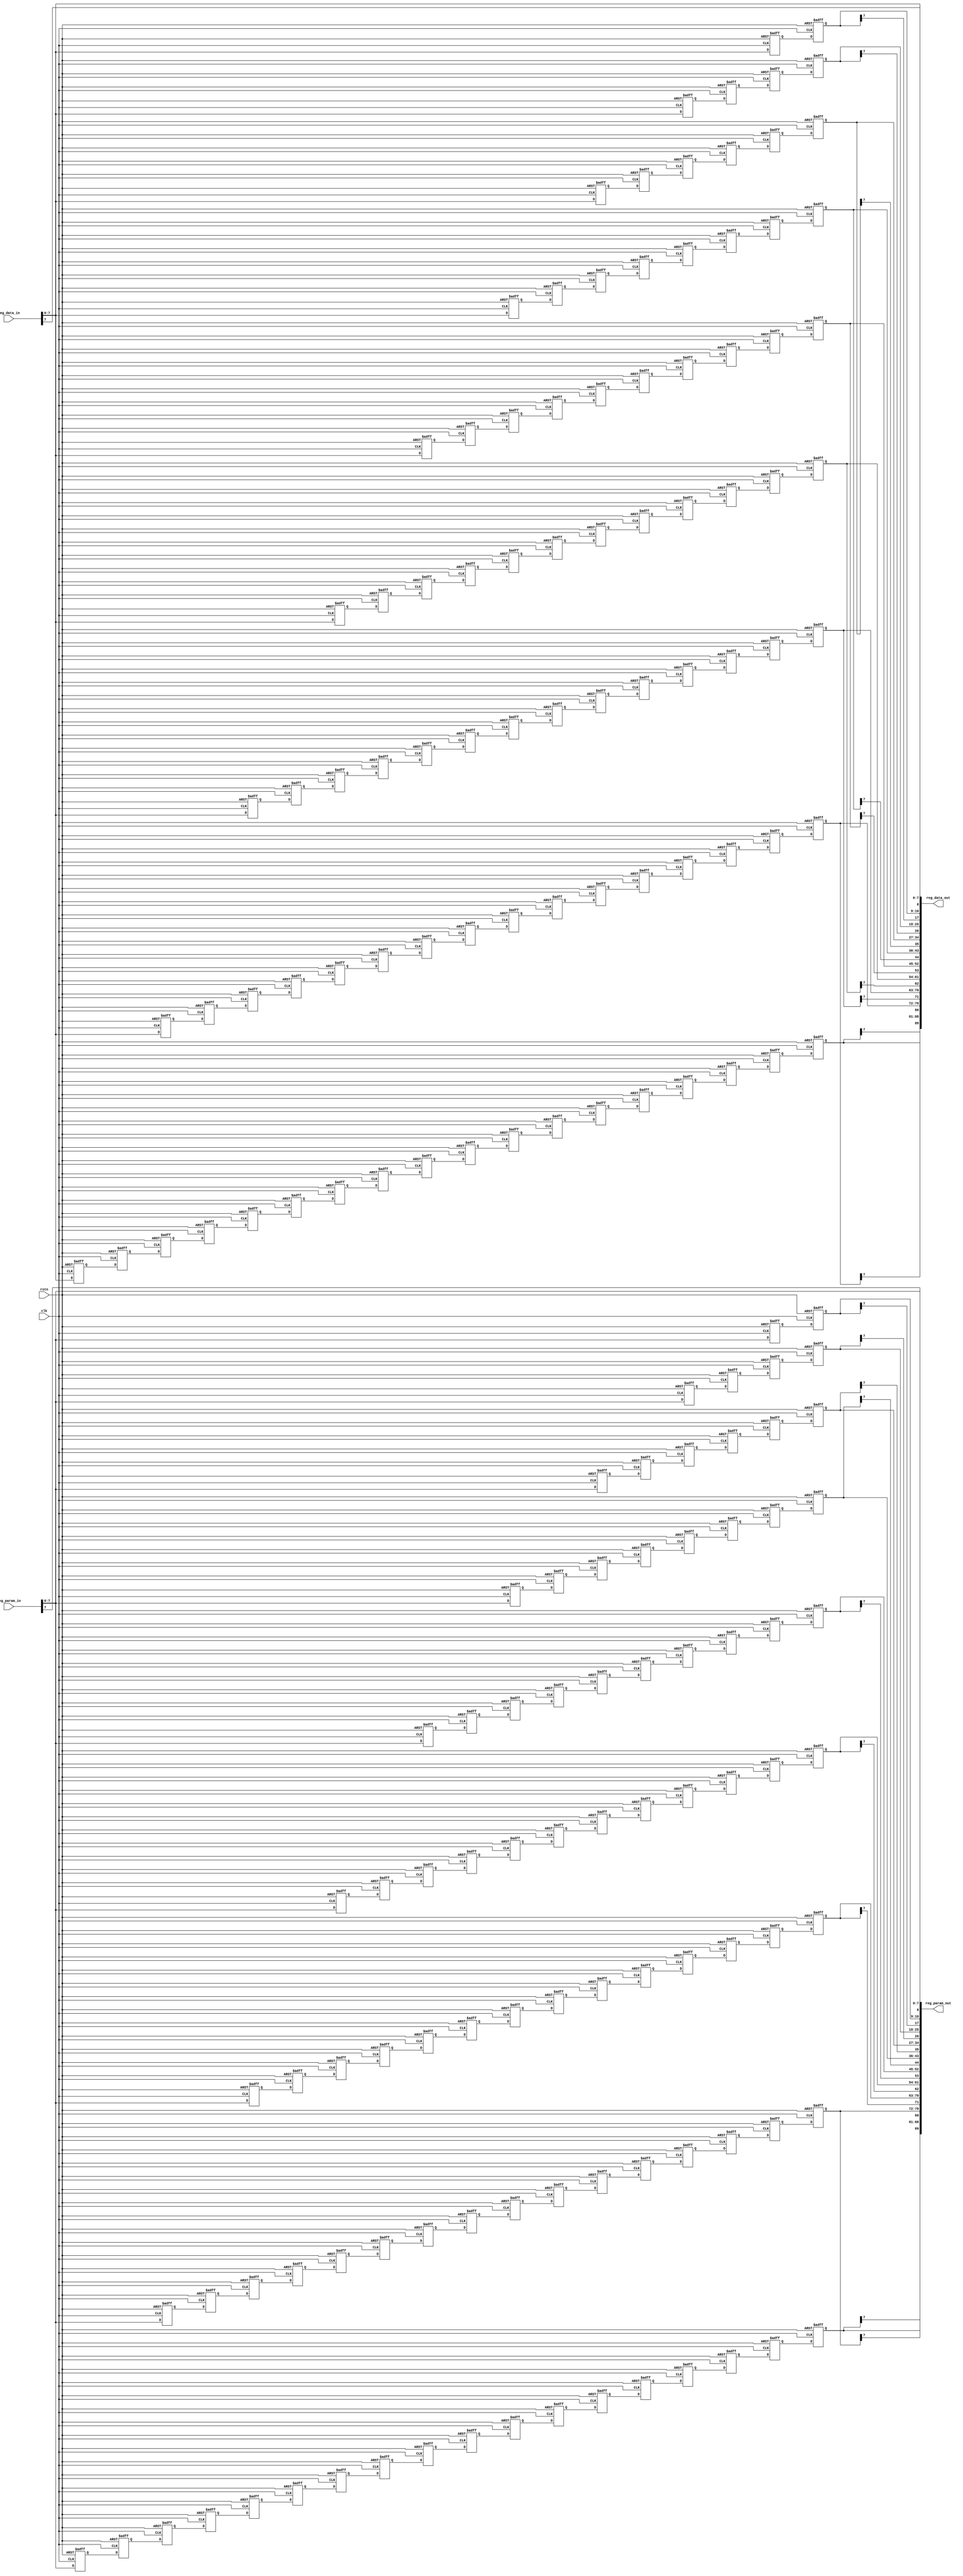
module align_reg_old # (
    parameter           REG_CHANNEL_NUM             =   8'd10                                   ,
    parameter           DATA_WIDTH_IN               =   4'd8                                    ,
    parameter           DATA_WIDTH_OUT              =   4'd9                                    ,
    parameter           TOTAL_WIDTH_IN              =   REG_CHANNEL_NUM * DATA_WIDTH_IN         ,//80
    parameter           TOTAL_WIDTH_OUT             =   REG_CHANNEL_NUM * DATA_WIDTH_OUT         //90
)
(
    input   wire                clk                                                         ,
    input   wire                rstn                                                        ,
//data path
    input   wire    [TOTAL_WIDTH_IN-1:0]            reg_data_in                                 ,
    input   wire    [TOTAL_WIDTH_IN-1:0]            reg_param_in                                ,

    output  wire    [TOTAL_WIDTH_OUT-1:0]           reg_data_out                                ,
    output  wire    [TOTAL_WIDTH_OUT-1:0]           reg_param_out                              
);

wire    [DATA_WIDTH_IN-1:0]       x_in        [0:REG_CHANNEL_NUM-1]              ;
reg     [DATA_WIDTH_IN-1:0]       x_in_d1     [0:REG_CHANNEL_NUM-10][0:1]               ;
reg     [DATA_WIDTH_IN-1:0]       x_in_d2     [0:REG_CHANNEL_NUM-9][0:1]               ;
reg     [DATA_WIDTH_IN-1:0]       x_in_d3     [0:REG_CHANNEL_NUM-8][0:1]               ;
reg     [DATA_WIDTH_IN-1:0]       x_in_d4     [0:REG_CHANNEL_NUM-7][0:1]               ;
reg     [DATA_WIDTH_IN-1:0]       x_in_d5     [0:REG_CHANNEL_NUM-6][0:1]               ;
reg     [DATA_WIDTH_IN-1:0]       x_in_d6     [0:REG_CHANNEL_NUM-5][0:1]               ;
reg     [DATA_WIDTH_IN-1:0]       x_in_d7     [0:REG_CHANNEL_NUM-4][0:1]               ;
reg     [DATA_WIDTH_IN-1:0]       x_in_d8     [0:REG_CHANNEL_NUM-3][0:1]               ;
reg     [DATA_WIDTH_IN-1:0]       x_in_d9     [0:REG_CHANNEL_NUM-2][0:1]              ;

wire    [DATA_WIDTH_IN-1:0]       y_in        [0:REG_CHANNEL_NUM-1]                     ;
reg     [DATA_WIDTH_IN-1:0]       y_in_d1     [0:REG_CHANNEL_NUM-10][0:1]              ;
reg     [DATA_WIDTH_IN-1:0]       y_in_d2     [0:REG_CHANNEL_NUM-9][0:1]              ;
reg     [DATA_WIDTH_IN-1:0]       y_in_d3     [0:REG_CHANNEL_NUM-8][0:1]              ;
reg     [DATA_WIDTH_IN-1:0]       y_in_d4     [0:REG_CHANNEL_NUM-7][0:1]              ;
reg     [DATA_WIDTH_IN-1:0]       y_in_d5     [0:REG_CHANNEL_NUM-6][0:1]              ;
reg     [DATA_WIDTH_IN-1:0]       y_in_d6     [0:REG_CHANNEL_NUM-5][0:1]              ;
reg     [DATA_WIDTH_IN-1:0]       y_in_d7     [0:REG_CHANNEL_NUM-4][0:1]              ;
reg     [DATA_WIDTH_IN-1:0]       y_in_d8     [0:REG_CHANNEL_NUM-3][0:1]              ;
reg     [DATA_WIDTH_IN-1:0]       y_in_d9     [0:REG_CHANNEL_NUM-2][0:1]             ;


    //output concat
    assign reg_data_out = {x_in_d9[0][1][7],x_in_d9[0][1],x_in_d8[0][1][7],x_in_d8[0][1],x_in_d7[0][1][7],
                           x_in_d7[0][1],x_in_d6[0][1][7],x_in_d6[0][1],x_in_d5[0][1][7],x_in_d5[0][1],
                           x_in_d4[0][1][7],x_in_d4[0][1],x_in_d3[0][1][7],x_in_d3[0][1],x_in_d2[0][1][7],
                           x_in_d2[0][1],x_in_d1[0][1][7],x_in_d1[0][1],x_in[0][7],x_in[0]};
    assign reg_param_out = {y_in_d9[0][1][7],y_in_d9[0][1],y_in_d8[0][1][7],y_in_d8[0][1],y_in_d7[0][1][7],
                            y_in_d7[0][1],y_in_d6[0][1][7],y_in_d6[0][1],y_in_d5[0][1][7],y_in_d5[0][1],
                            y_in_d4[0][1][7],y_in_d4[0][1],y_in_d3[0][1][7],y_in_d3[0][1],y_in_d2[0][1][7],
                            y_in_d2[0][1],y_in_d1[0][1][7],y_in_d1[0][1],y_in[0][7],y_in[0]};

    //input split
    generate
        genvar i;
        for(i = 0 ; i < REG_CHANNEL_NUM ; i = i + 1) begin:input_split
            assign x_in[i] = reg_data_in[DATA_WIDTH_IN*(i + 1)-1:0]     ;
            assign y_in[i] = reg_param_in[DATA_WIDTH_IN*(i + 1)-1:0]    ;
        end
    endgenerate

    //aligns inputs with registers
    generate
        genvar j;
        for(j = 0 ; j < REG_CHANNEL_NUM ; j = j + 1) begin:input_reg_data
            case (j)
                0:begin
                    always @(posedge clk or negedge rstn) begin:col1_x
                        if(!rstn)begin
                            x_in_d1[0][0] <= 8'b0;
                            x_in_d1[0][1] <= 8'b0;
                            x_in_d2[j][0] <= 8'b0;
                            x_in_d2[j][1] <= 8'b0;
                            x_in_d3[j][0] <= 8'b0;
                            x_in_d3[j][1] <= 8'b0;
                            x_in_d4[j][0] <= 8'b0;
                            x_in_d4[j][1] <= 8'b0;
                            x_in_d5[j][0] <= 8'b0;
                            x_in_d5[j][1] <= 8'b0;
                            x_in_d6[j][0] <= 8'b0;
                            x_in_d6[j][1] <= 8'b0;
                            x_in_d7[j][0] <= 8'b0;
                            x_in_d7[j][1] <= 8'b0;
                            x_in_d8[j][0] <= 8'b0;
                            x_in_d8[j][1] <= 8'b0;
                            x_in_d9[j][0] <= 8'b0;
                            x_in_d9[j][1] <= 8'b0;
                        end else begin
                            x_in_d1[0][0] <= x_in[j + 1];
                            x_in_d1[0][1] <= x_in_d1[0][0];
                            x_in_d2[j][0] <= x_in_d2[j + 1][1];
                            x_in_d2[j][1] <= x_in_d2[j][0];
                            x_in_d3[j][0] <= x_in_d3[j + 1][1];
                            x_in_d3[j][1] <= x_in_d3[j][0];
                            x_in_d4[j][0] <= x_in_d4[j + 1][1];
                            x_in_d4[j][1] <= x_in_d4[j][0];
                            x_in_d5[j][0] <= x_in_d5[j + 1][1];
                            x_in_d5[j][1] <= x_in_d5[j][0];
                            x_in_d6[j][0] <= x_in_d6[j + 1][1];
                            x_in_d6[j][1] <= x_in_d6[j][0];
                            x_in_d7[j][0] <= x_in_d7[j + 1][1];
                            x_in_d7[j][1] <= x_in_d7[j][0];
                            x_in_d8[j][0] <= x_in_d8[j + 1][1];
                            x_in_d8[j][1] <= x_in_d8[j][0];
                            x_in_d9[j][0] <= x_in_d9[j + 1][1];
                            x_in_d9[j][1] <= x_in_d9[j][0];
                        end
                    end
                end
                1:begin 
                    always @(posedge clk or negedge rstn) begin:col2_x
                        if(!rstn)begin
                            x_in_d2[j][0] <= 8'b0;
                            x_in_d2[j][1] <= 8'b0;
                            x_in_d3[j][0] <= 8'b0;
                            x_in_d3[j][1] <= 8'b0;
                            x_in_d4[j][0] <= 8'b0;
                            x_in_d4[j][1] <= 8'b0;
                            x_in_d5[j][0] <= 8'b0;
                            x_in_d5[j][1] <= 8'b0;
                            x_in_d6[j][0] <= 8'b0;
                            x_in_d6[j][1] <= 8'b0;
                            x_in_d7[j][0] <= 8'b0;
                            x_in_d7[j][1] <= 8'b0;
                            x_in_d8[j][0] <= 8'b0;
                            x_in_d8[j][1] <= 8'b0;
                            x_in_d9[j][0] <= 8'b0;
                            x_in_d9[j][1] <= 8'b0;
                        end else begin
                            x_in_d2[j][0] <= x_in[j + 1];
                            x_in_d2[j][1] <= x_in_d2[j][0];
                            x_in_d3[j][0] <= x_in_d3[j + 1][1];
                            x_in_d3[j][1] <= x_in_d3[j][0];
                            x_in_d4[j][0] <= x_in_d4[j + 1][1];
                            x_in_d4[j][1] <= x_in_d4[j][0];
                            x_in_d5[j][0] <= x_in_d5[j + 1][1];
                            x_in_d5[j][1] <= x_in_d5[j][0];
                            x_in_d6[j][0] <= x_in_d6[j + 1][1];
                            x_in_d6[j][1] <= x_in_d6[j][0];
                            x_in_d7[j][0] <= x_in_d7[j + 1][1];
                            x_in_d7[j][1] <= x_in_d7[j][0];
                            x_in_d8[j][0] <= x_in_d8[j + 1][1];
                            x_in_d8[j][1] <= x_in_d8[j][0];
                            x_in_d9[j][0] <= x_in_d9[j + 1][1];
                            x_in_d9[j][1] <= x_in_d9[j][0];
                        end
                    end
                end
                2:begin
                    always @(posedge clk or negedge rstn) begin:col3_x
                        if(!rstn)begin
                            x_in_d3[j][0] <= 8'b0;
                            x_in_d3[j][1] <= 8'b0;
                            x_in_d4[j][0] <= 8'b0;
                            x_in_d4[j][1] <= 8'b0;
                            x_in_d5[j][0] <= 8'b0;
                            x_in_d5[j][1] <= 8'b0;
                            x_in_d6[j][0] <= 8'b0;
                            x_in_d6[j][1] <= 8'b0;
                            x_in_d7[j][0] <= 8'b0;
                            x_in_d7[j][1] <= 8'b0;
                            x_in_d8[j][0] <= 8'b0;
                            x_in_d8[j][1] <= 8'b0;
                            x_in_d9[j][0] <= 8'b0;
                            x_in_d9[j][1] <= 8'b0;
                        end else begin
                            x_in_d3[j][0] <= x_in[j + 1];
                            x_in_d3[j][1] <= x_in_d3[j][0];
                            x_in_d4[j][0] <= x_in_d4[j + 1][1];
                            x_in_d4[j][1] <= x_in_d4[j][0];
                            x_in_d5[j][0] <= x_in_d5[j + 1][1];
                            x_in_d5[j][1] <= x_in_d5[j][0];
                            x_in_d6[j][0] <= x_in_d6[j + 1][1];
                            x_in_d6[j][1] <= x_in_d6[j][0];
                            x_in_d7[j][0] <= x_in_d7[j + 1][1];
                            x_in_d7[j][1] <= x_in_d7[j][0];
                            x_in_d8[j][0] <= x_in_d8[j + 1][1];
                            x_in_d8[j][1] <= x_in_d8[j][0];
                            x_in_d9[j][0] <= x_in_d9[j + 1][1];
                            x_in_d9[j][1] <= x_in_d9[j][0];
                        end
                    end
                end
                3:begin
                    always @(posedge clk or negedge rstn) begin:col4_x
                        if(!rstn)begin
                            x_in_d4[j][0] <= 8'b0;
                            x_in_d4[j][1] <= 8'b0;
                            x_in_d5[j][0] <= 8'b0;
                            x_in_d5[j][1] <= 8'b0;
                            x_in_d6[j][0] <= 8'b0;
                            x_in_d6[j][1] <= 8'b0;
                            x_in_d7[j][0] <= 8'b0;
                            x_in_d7[j][1] <= 8'b0;
                            x_in_d8[j][0] <= 8'b0;
                            x_in_d8[j][1] <= 8'b0;
                            x_in_d9[j][0] <= 8'b0;
                            x_in_d9[j][1] <= 8'b0;
                        end else begin
                            x_in_d4[j][0] <= x_in[j + 1];
                            x_in_d4[j][1] <= x_in_d4[j][0];
                            x_in_d5[j][0] <= x_in_d5[j + 1][1];
                            x_in_d5[j][1] <= x_in_d5[j][0];
                            x_in_d6[j][0] <= x_in_d6[j + 1][1];
                            x_in_d6[j][1] <= x_in_d6[j][0];
                            x_in_d7[j][0] <= x_in_d7[j + 1][1];
                            x_in_d7[j][1] <= x_in_d7[j][0];
                            x_in_d8[j][0] <= x_in_d8[j + 1][1];
                            x_in_d8[j][1] <= x_in_d8[j][0];
                            x_in_d9[j][0] <= x_in_d9[j + 1][1];
                            x_in_d9[j][1] <= x_in_d9[j][0];
                        end
                    end
                end
                4:begin
                    always @(posedge clk or negedge rstn) begin:col5_x
                        if(!rstn)begin
                            x_in_d5[j][0] <= 8'b0;
                            x_in_d5[j][1] <= 8'b0;
                            x_in_d6[j][0] <= 8'b0;
                            x_in_d6[j][1] <= 8'b0;
                            x_in_d7[j][0] <= 8'b0;
                            x_in_d7[j][1] <= 8'b0;
                            x_in_d8[j][0] <= 8'b0;
                            x_in_d8[j][1] <= 8'b0;
                            x_in_d9[j][0] <= 8'b0;
                            x_in_d9[j][1] <= 8'b0;
                        end else begin
                            x_in_d5[j][0] <= x_in[j + 1];
                            x_in_d5[j][1] <= x_in_d5[j][0];
                            x_in_d6[j][0] <= x_in_d6[j + 1][1];
                            x_in_d6[j][1] <= x_in_d6[j][0];
                            x_in_d7[j][0] <= x_in_d7[j + 1][1];
                            x_in_d7[j][1] <= x_in_d7[j][0];
                            x_in_d8[j][0] <= x_in_d8[j + 1][1];
                            x_in_d8[j][1] <= x_in_d8[j][0];
                            x_in_d9[j][0] <= x_in_d9[j + 1][1];
                            x_in_d9[j][1] <= x_in_d9[j][0];
                        end
                    end
                end
                5:begin
                    always @(posedge clk or negedge rstn) begin:col6_x
                        if(!rstn)begin
                            x_in_d6[j][0] <= 8'b0;
                            x_in_d6[j][1] <= 8'b0;
                            x_in_d7[j][0] <= 8'b0;
                            x_in_d7[j][1] <= 8'b0;
                            x_in_d8[j][0] <= 8'b0;
                            x_in_d8[j][1] <= 8'b0;
                            x_in_d9[j][0] <= 8'b0;
                            x_in_d9[j][1] <= 8'b0;
                        end else begin
                            x_in_d6[j][0] <= x_in[j + 1];
                            x_in_d6[j][1] <= x_in_d6[j][0];
                            x_in_d7[j][0] <= x_in_d7[j + 1][1];
                            x_in_d7[j][1] <= x_in_d7[j][0];
                            x_in_d8[j][0] <= x_in_d8[j + 1][1];
                            x_in_d8[j][1] <= x_in_d8[j][0];
                            x_in_d9[j][0] <= x_in_d9[j + 1][1];
                            x_in_d9[j][1] <= x_in_d9[j][0];
                        end
                    end
                end
                6:begin
                    always @(posedge clk or negedge rstn) begin:col7_x
                        if(!rstn)begin
                            x_in_d7[j][0] <= 8'b0;
                            x_in_d7[j][1] <= 8'b0;
                            x_in_d8[j][0] <= 8'b0;
                            x_in_d8[j][1] <= 8'b0;
                            x_in_d9[j][0] <= 8'b0;
                            x_in_d9[j][1] <= 8'b0;
                        end else begin
                            x_in_d7[j][0] <= x_in[j + 1];
                            x_in_d7[j][1] <= x_in_d7[j][0];
                            x_in_d8[j][0] <= x_in_d8[j + 1][1];
                            x_in_d8[j][1] <= x_in_d8[j][0];
                            x_in_d9[j][0] <= x_in_d9[j + 1][1];
                            x_in_d9[j][1] <= x_in_d9[j][0];
                        end
                    end
                end
                7:begin
                    always @(posedge clk or negedge rstn) begin:col8_x
                        if(!rstn)begin
                            x_in_d8[j][0] <= 8'b0;
                            x_in_d8[j][1] <= 8'b0;
                            x_in_d9[j][0] <= 8'b0;
                            x_in_d9[j][1] <= 8'b0;
                        end else begin
                            x_in_d8[j][0] <= x_in[j + 1];
                            x_in_d8[j][1] <= x_in_d8[j][0];
                            x_in_d9[j][0] <= x_in_d9[j + 1][1];
                            x_in_d9[j][1] <= x_in_d9[j][0];
                        end
                    end
                end
                8:begin
                    always @(posedge clk or negedge rstn) begin:col9_x
                        if(!rstn)begin
                            x_in_d9[j][0] <= 8'b0;
                            x_in_d9[j][1] <= 8'b0;
                        end else begin
                            x_in_d9[j][0] <= x_in[j + 1];
                            x_in_d9[j][1] <= x_in_d9[j][0];
                        end
                    end
                end
            endcase
        end
    endgenerate

    generate
        genvar k;
        for(k = 0 ; k < REG_CHANNEL_NUM ; k = k  +  1) begin:input_reg_param
            case (k)
                0:begin
                    always @(posedge clk or negedge rstn) begin:col1_y
                        if(!rstn)begin
                            y_in_d1[0][0] <= 8'b0;
                            y_in_d1[0][1] <= 8'b0;
                            y_in_d2[k][0] <= 8'b0;
                            y_in_d2[k][1] <= 8'b0;
                            y_in_d3[k][0] <= 8'b0;
                            y_in_d3[k][1] <= 8'b0;
                            y_in_d4[k][0] <= 8'b0;
                            y_in_d4[k][1] <= 8'b0;
                            y_in_d5[k][0] <= 8'b0;
                            y_in_d5[k][1] <= 8'b0;
                            y_in_d6[k][0] <= 8'b0;
                            y_in_d6[k][1] <= 8'b0;
                            y_in_d7[k][0] <= 8'b0;
                            y_in_d7[k][1] <= 8'b0;
                            y_in_d8[k][0] <= 8'b0;
                            y_in_d8[k][1] <= 8'b0;
                            y_in_d9[k][0] <= 8'b0;
                            y_in_d9[k][1] <= 8'b0;
                        end else begin
                            y_in_d1[0][0] <= y_in[k + 1];
                            y_in_d1[0][1] <= y_in_d1[0][0];
                            y_in_d2[k][0] <= y_in_d2[k + 1][1];
                            y_in_d2[k][1] <= y_in_d2[k][0];
                            y_in_d3[k][0] <= y_in_d3[k + 1][1];
                            y_in_d3[k][1] <= y_in_d3[k][0];
                            y_in_d4[k][0] <= y_in_d4[k + 1][1];
                            y_in_d4[k][1] <= y_in_d4[k][0];
                            y_in_d5[k][0] <= y_in_d5[k + 1][1];
                            y_in_d5[k][1] <= y_in_d5[k][0];
                            y_in_d6[k][0] <= y_in_d6[k + 1][1];
                            y_in_d6[k][1] <= y_in_d6[k][0];
                            y_in_d7[k][0] <= y_in_d7[k + 1][1];
                            y_in_d7[k][1] <= y_in_d7[k][0];
                            y_in_d8[k][0] <= y_in_d8[k + 1][1];
                            y_in_d8[k][1] <= y_in_d8[k][0];
                            y_in_d9[k][0] <= y_in_d9[k + 1][1];
                            y_in_d9[k][1] <= y_in_d9[k][0];
                        end
                    end
                end
                1:begin
                    always @(posedge clk or negedge rstn) begin:col2_y
                        if(!rstn)begin
                            y_in_d2[k][0] <= 8'b0;
                            y_in_d2[k][1] <= 8'b0;
                            y_in_d3[k][0] <= 8'b0;
                            y_in_d3[k][1] <= 8'b0;
                            y_in_d4[k][0] <= 8'b0;
                            y_in_d4[k][1] <= 8'b0;
                            y_in_d5[k][0] <= 8'b0;
                            y_in_d5[k][1] <= 8'b0;
                            y_in_d6[k][0] <= 8'b0;
                            y_in_d6[k][1] <= 8'b0;
                            y_in_d7[k][0] <= 8'b0;
                            y_in_d7[k][1] <= 8'b0;
                            y_in_d8[k][0] <= 8'b0;
                            y_in_d8[k][1] <= 8'b0;
                            y_in_d9[k][0] <= 8'b0;
                            y_in_d9[k][1] <= 8'b0;
                        end else begin
                            y_in_d2[k][0] <= y_in[k + 1];
                            y_in_d2[k][1] <= y_in_d2[k][0];
                            y_in_d3[k][0] <= y_in_d3[k + 1][1];
                            y_in_d3[k][1] <= y_in_d3[k][0];
                            y_in_d4[k][0] <= y_in_d4[k + 1][1];
                            y_in_d4[k][1] <= y_in_d4[k][0];
                            y_in_d5[k][0] <= y_in_d5[k + 1][1];
                            y_in_d5[k][1] <= y_in_d5[k][0];
                            y_in_d6[k][0] <= y_in_d6[k + 1][1];
                            y_in_d6[k][1] <= y_in_d6[k][0];
                            y_in_d7[k][0] <= y_in_d7[k + 1][1];
                            y_in_d7[k][1] <= y_in_d7[k][0];
                            y_in_d8[k][0] <= y_in_d8[k + 1][1];
                            y_in_d8[k][1] <= y_in_d8[k][0];
                            y_in_d9[k][0] <= y_in_d9[k + 1][1];
                            y_in_d9[k][1] <= y_in_d9[k][0];
                        end
                    end
                end
                2:begin
                    always @(posedge clk or negedge rstn) begin:col3_y
                        if(!rstn)begin
                            y_in_d3[k][0] <= 8'b0;
                            y_in_d3[k][1] <= 8'b0;
                            y_in_d4[k][0] <= 8'b0;
                            y_in_d4[k][1] <= 8'b0;
                            y_in_d5[k][0] <= 8'b0;
                            y_in_d5[k][1] <= 8'b0;
                            y_in_d6[k][0] <= 8'b0;
                            y_in_d6[k][1] <= 8'b0;
                            y_in_d7[k][0] <= 8'b0;
                            y_in_d7[k][1] <= 8'b0;
                            y_in_d8[k][0] <= 8'b0;
                            y_in_d8[k][1] <= 8'b0;
                            y_in_d9[k][0] <= 8'b0;
                            y_in_d9[k][1] <= 8'b0;
                        end else begin
                            y_in_d3[k][0] <= y_in[k + 1];
                            y_in_d3[k][1] <= y_in_d3[k][0];
                            y_in_d4[k][0] <= y_in_d4[k + 1][1];
                            y_in_d4[k][1] <= y_in_d4[k][0];
                            y_in_d5[k][0] <= y_in_d5[k + 1][1];
                            y_in_d5[k][1] <= y_in_d5[k][0];
                            y_in_d6[k][0] <= y_in_d6[k + 1][1];
                            y_in_d6[k][1] <= y_in_d6[k][0];
                            y_in_d7[k][0] <= y_in_d7[k + 1][1];
                            y_in_d7[k][1] <= y_in_d7[k][0];
                            y_in_d8[k][0] <= y_in_d8[k + 1][1];
                            y_in_d8[k][1] <= y_in_d8[k][0];
                            y_in_d9[k][0] <= y_in_d9[k + 1][1];
                            y_in_d9[k][1] <= y_in_d9[k][0];
                        end
                    end
                end
                3:begin
                    always @(posedge clk or negedge rstn) begin:col4_y
                        if(!rstn)begin
                            y_in_d4[k][0] <= 8'b0;
                            y_in_d4[k][1] <= 8'b0;
                            y_in_d5[k][0] <= 8'b0;
                            y_in_d5[k][1] <= 8'b0;
                            y_in_d6[k][0] <= 8'b0;
                            y_in_d6[k][1] <= 8'b0;
                            y_in_d7[k][0] <= 8'b0;
                            y_in_d7[k][1] <= 8'b0;
                            y_in_d8[k][0] <= 8'b0;
                            y_in_d8[k][1] <= 8'b0;
                            y_in_d9[k][0] <= 8'b0;
                            y_in_d9[k][1] <= 8'b0;
                        end else begin
                            y_in_d4[k][0] <= y_in[k + 1];
                            y_in_d4[k][1] <= y_in_d4[k][0];
                            y_in_d5[k][0] <= y_in_d5[k + 1][1];
                            y_in_d5[k][1] <= y_in_d5[k][0];
                            y_in_d6[k][0] <= y_in_d6[k + 1][1];
                            y_in_d6[k][1] <= y_in_d6[k][0];
                            y_in_d7[k][0] <= y_in_d7[k + 1][1];
                            y_in_d7[k][1] <= y_in_d7[k][0];
                            y_in_d8[k][0] <= y_in_d8[k + 1][1];
                            y_in_d8[k][1] <= y_in_d8[k][0];
                            y_in_d9[k][0] <= y_in_d9[k + 1][1];
                            y_in_d9[k][1] <= y_in_d9[k][0];
                        end
                    end
                end
                4:begin
                    always @(posedge clk or negedge rstn) begin:col5_y
                        if(!rstn)begin
                            y_in_d5[k][0] <= 8'b0;
                            y_in_d5[k][1] <= 8'b0;
                            y_in_d6[k][0] <= 8'b0;
                            y_in_d6[k][1] <= 8'b0;
                            y_in_d7[k][0] <= 8'b0;
                            y_in_d7[k][1] <= 8'b0;
                            y_in_d8[k][0] <= 8'b0;
                            y_in_d8[k][1] <= 8'b0;
                            y_in_d9[k][0] <= 8'b0;
                            y_in_d9[k][1] <= 8'b0;
                        end else begin
                            y_in_d5[k][0] <= y_in[k + 1];
                            y_in_d5[k][1] <= y_in_d5[k][0];
                            y_in_d6[k][0] <= y_in_d6[k + 1][1];
                            y_in_d6[k][1] <= y_in_d6[k][0];
                            y_in_d7[k][0] <= y_in_d7[k + 1][1];
                            y_in_d7[k][1] <= y_in_d7[k][0];
                            y_in_d8[k][0] <= y_in_d8[k + 1][1];
                            y_in_d8[k][1] <= y_in_d8[k][0];
                            y_in_d9[k][0] <= y_in_d9[k + 1][1];
                            y_in_d9[k][1] <= y_in_d9[k][0];
                        end
                    end
                end
                5:begin
                    always @(posedge clk or negedge rstn) begin:col6_y
                        if(!rstn)begin
                            y_in_d6[k][0] <= 8'b0;
                            y_in_d6[k][1] <= 8'b0;
                            y_in_d7[k][0] <= 8'b0;
                            y_in_d7[k][1] <= 8'b0;
                            y_in_d8[k][0] <= 8'b0;
                            y_in_d8[k][1] <= 8'b0;
                            y_in_d9[k][0] <= 8'b0;
                            y_in_d9[k][1] <= 8'b0;
                        end else begin
                            y_in_d6[k][0] <= y_in[k + 1];
                            y_in_d6[k][1] <= y_in_d6[k][0];
                            y_in_d7[k][0] <= y_in_d7[k + 1][1];
                            y_in_d7[k][1] <= y_in_d7[k][0];
                            y_in_d8[k][0] <= y_in_d8[k + 1][1];
                            y_in_d8[k][1] <= y_in_d8[k][0];
                            y_in_d9[k][0] <= y_in_d9[k + 1][1];
                            y_in_d9[k][1] <= y_in_d9[k][0];
                        end
                    end
                end
                6:begin
                    always @(posedge clk or negedge rstn) begin:col7_y
                        if(!rstn)begin
                            y_in_d7[k][0] <= 8'b0;
                            y_in_d7[k][1] <= 8'b0;
                            y_in_d8[k][0] <= 8'b0;
                            y_in_d8[k][1] <= 8'b0;
                            y_in_d9[k][0] <= 8'b0;
                            y_in_d9[k][1] <= 8'b0;
                        end else begin
                            y_in_d7[k][0] <= y_in[k + 1];
                            y_in_d7[k][1] <= y_in_d7[k][0];
                            y_in_d8[k][0] <= y_in_d8[k + 1][1];
                            y_in_d8[k][1] <= y_in_d8[k][0];
                            y_in_d9[k][0] <= y_in_d9[k + 1][1];
                            y_in_d9[k][1] <= y_in_d9[k][0];
                        end
                    end
                end
                7:begin
                    always @(posedge clk or negedge rstn) begin:col8_y
                        if(!rstn)begin
                            y_in_d8[k][0] <= 8'b0;
                            y_in_d8[k][1] <= 8'b0;
                            y_in_d9[k][0] <= 8'b0;
                            y_in_d9[k][1] <= 8'b0;
                        end else begin
                            y_in_d8[k][0] <= y_in[k + 1];
                            y_in_d8[k][1] <= y_in_d8[k][0];
                            y_in_d9[k][0] <= y_in_d9[k + 1][1];
                            y_in_d9[k][1] <= y_in_d9[k][0];
                        end
                    end
                end
                8:begin
                    always @(posedge clk or negedge rstn) begin:col9_y
                        if(!rstn)begin
                            y_in_d9[k][0] <= 8'b0;
                            y_in_d9[k][1] <= 8'b0;
                        end else begin
                            y_in_d9[k][0] <= y_in[k + 1];
                            y_in_d9[k][1] <= y_in_d9[k][0];
                        end
                    end
                end
            endcase
        end
    endgenerate
endmodule